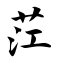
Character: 茳